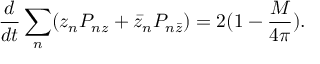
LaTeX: \frac { d } { d t } \sum _ { n } ( z _ { n } P _ { n z } + \bar { z } _ { n } P _ { n \bar { z } } ) = 2 ( 1 - \frac { M } { 4 \pi } ) .